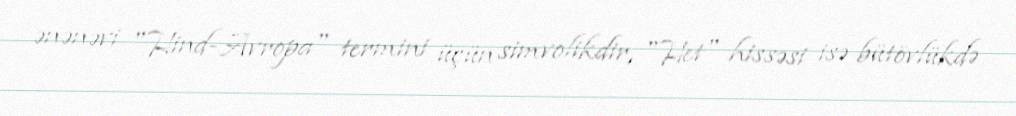
ənənəvi "Hind-Avropa" termini üçün simvolikdir, "Het" hissəsi isə bütövlükdə